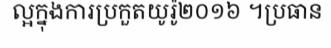
ល្អក្នុងការប្រកួតយូរ៉ូ២០១៦ ។ប្រធាន